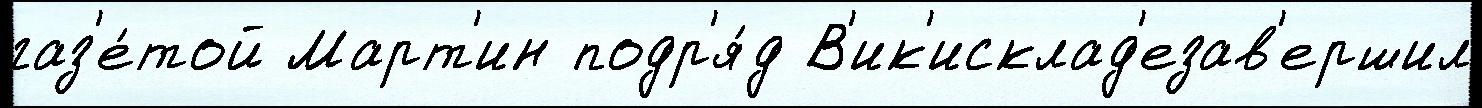
газ'е́той Март'ин подр'я́д В'ик'исклад'езав'ершил